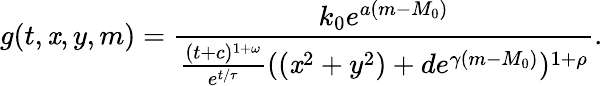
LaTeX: g(t,\mathit{x},y,m)=\frac{{k_{0}e^{a(m-M_{0})}}}{{\frac{{(t+c)^{1+\omega}}}{{e^{t/\tau}}}((\mathit{x}^{2}+y^{2})+de^{\gamma(m-M_{0})})^{1+\rho}}}.